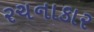
રચનાકાર